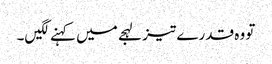
تو وہ قدرے تیز لہجے میں کہنے لگیں۔